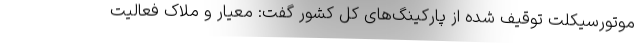
موتورسیکلت توقیف شده از پارکینگ‌های کل کشور گفت: معیار و ملاک فعالیت